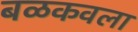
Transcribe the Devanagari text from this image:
बळकवला